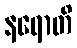
နရောတိ